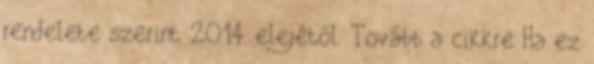
rendelete szerint 2014. elejétől. Tovább a cikkre Ha ez